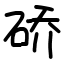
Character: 硚